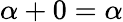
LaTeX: \alpha+0=\alpha